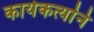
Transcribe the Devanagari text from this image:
कार्यकर्त्याने